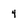
Character: 4